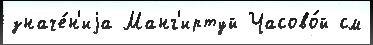
значе́н'иjа Манг'иртуй Часово́й см